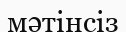
мәтінсіз